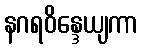
နဂရဝိန္ဒေယျကာ